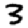
Digit: 3